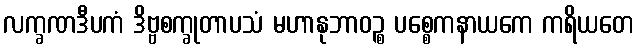
လက္ခဏဒီပကံ ဒိဗ္ဗစက္ခုတာပသံ မဟာနုဘာဝဉ္စ ပစ္စေကနာယကေ ကရိယတေ